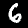
Label: 6